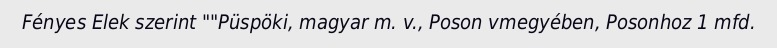
Fényes Elek szerint ""Püspöki, magyar m. v., Poson vmegyében, Posonhoz 1 mfd.